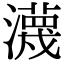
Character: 瀎